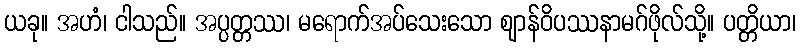
ယခု။ အဟံ၊ ငါသည်။ အပ္ပတ္တဿ၊ မရောက်အပ်သေးသော ဈာန်ဝိပဿနာမဂ်ဖိုလ်သို့။ ပတ္တိယာ၊